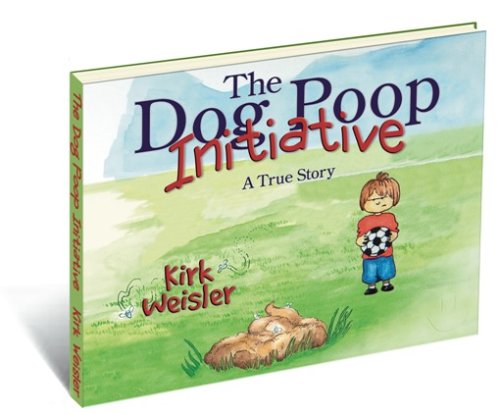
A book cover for The Dog Poop Initiative; Kirk A. Weisler; Engineering & Transportation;